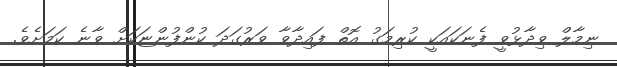
ނިމާލް ވިދާޅުވީ ފެނަކައަކީ ކުރިމަގު އޮތް ފައިދާވާ ވަރުގަދަ ކުންފުންޏަކަށް ވާނެ ކަމަށެވެ.